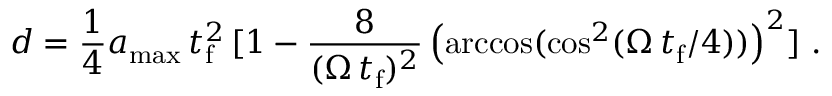
d = \frac { 1 } { 4 } a _ { \mathrm { m a x } } \, t _ { \mathrm { f } } ^ { 2 } \, [ 1 - \frac { 8 } { ( \Omega \, t _ { \mathrm { f } } ) ^ { 2 } } \left( \operatorname { a r c c o s } ( \cos ^ { 2 } ( \Omega \, t _ { \mathrm { f } } / 4 ) ) \right) ^ { 2 } ] ~ .